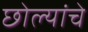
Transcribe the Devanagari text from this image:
छोल्यांचे